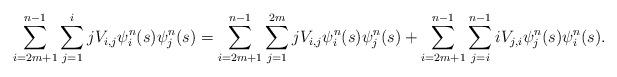
LaTeX: \begin{align*}\sum_{i=2m+1}^{n-1}\sum_{j=1}^{i}jV_{i,j}\psi^{n}_i(s)\psi^{n}_j(s)&=\sum_{i=2m+1}^{n-1}\sum_{j=1}^{2m}jV_{i,j}\psi^{n}_i(s)\psi^{n}_j(s) + \sum_{i=2m+1}^{n-1}\sum_{j=i}^{n-1}iV_{j,i}\psi^{n}_j(s)\psi^{n}_i(s).\end{align*}